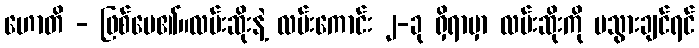
ဟောတိ - ဖြစ်ပေ၏။လမ်းဆိုးနဲ့ လမ်းကောင်း ၂-ခု ရှိရာမှာ လမ်းဆိုးကို မသွားချင်ရင်